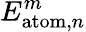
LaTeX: E_{\mathrm{atom},n}^{m}